King Institute of Preventive Medicine Bacteriolog. Section reports 1907-08
Year: 1907
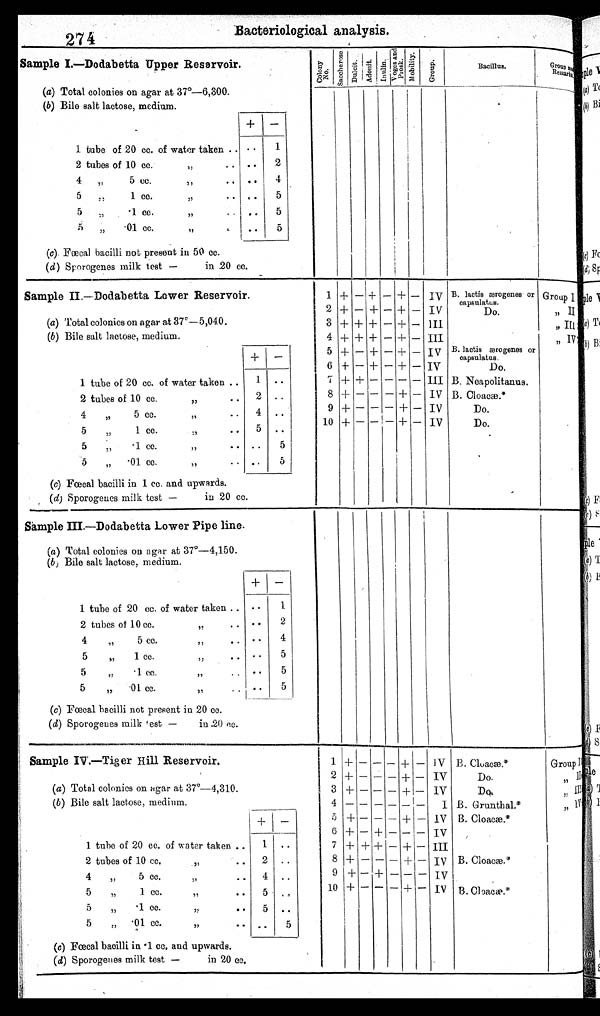
2 7 4
Bacteriological analysis.
SampleI.—DodabettaUpperRservoir.
(a) Total colonies on agar at 3r-6,300.
(b) Bile salt lactose, medium.
+ -
1 tube of 20 cc. of water taken .. • •
1
..
2
2 tubes of 10 cc.
,,
4 ,,
5 cc.
,,
,,
.. ..
4 .
5 ,,
1 CC. ,,
,,
..
..
5
5 ,,
•1 CC ,,
,,
..
5
5 „
•01 cc. ,,
,,
.. ..
5
(c). Fœcal bacilli not present in 50 cc.
(d) Sporogenes milk test —
in 20 cc.
C o l o n y
N o .
S a c c h e r o s e .
D u l c i t . A d o n i t . I nul i n. V o g e s a n d p r o s k .
Mobi l i t y.
G r o u p .
Bacillus.
G r o u p a n d
R e m a r k s .
Sample II.—Dodabetta Lower Reservoir.
(a) Total colonies on agar at 370—5,040.
(b) Bile salt lactose, medium.
1 tube of 20 cc. of water taken .
1 ..
2 tubes of 10 cc.
,,
2 ..
4 ,, 5 cc. ,,
,, .. 4
..
5 , , 1 CC. , , , , . . 5
..
5 , , • 1 C C , , , , . . . .
5
5 „
•01 cc. ,,
,,
.. ..
5
(e) Fæcal bacilli in 1 cc. and upwards.
(d) Sporogenes milk test —
in 20 cc.
1
2
3
4
5
6
7
8
9
10
+
+
+
+
+
+
+
+
+
+
—
—
+
+
—
—
+
—
—
—
+
+
+
+
+
+
—
—
—
—
—
—
—
—
—
—
—
—
— —
+
+
+
+
+
+
—
+
+
+
—
—
—
—
—
—
—
— — —
IV
IV
III
III
IV
IV
III
IV
IV
IV
B. lactis ærogenes or
capsulatuH.
Do.
B. lactis ærogenes or
capsulatus.
Do.
B. Neapolitanus.
B. Cloacæ.*
Do.
Do.
Group I , ,
II
„ III
„ IV
Sample III.—Dodabetta Lower Pipe line.
(a) Total colonies on agar at 37°-4,150.
(b, Bile salt lactose, medium. + -
1 tube of 20 cc. of water taken .. ..
1
..
2
2 tubes of 10 cc.
,,
4 ,,
5 cc.
,,
,,
..
..
4 .
5 ,,
1 CC. ,,
,,
..
..
5
5 , , • 1 C C , , , , . .
5
5 „
•01 cc. ,,
,,
..
..
5
(c) Fœcal bacilli not present in 20 cc.
(d) Sporogenes milk test —
in .20 cc.
Sample IV.—Tiger Hill Reservoir.
(a) Total colonies on agar at 37°-4,310.
(b) Bile salt lactose, medium. + -
1 tube of 20 cc. of water taken ..
1 ..
2 . .
2 tubes of 10 cc.
,,
4 ,, 5 cc. ,,
,, .. 4
..
5 , , 1 CC. , ,
, , . .
5 . .
5 , , • 1 CC , ,
, , . .
5 . .
5 „
•01 cc. ,,
,,
.. ..
5
(c) Fœcal bacilli in • 1 cc. and upwards.
(d) Sporogenes milk test —
in 20 cc.
1
2
3
S
6
7
8
9
10
+
+
+
—
+
+
+
+
+
—
—
—
—
—
—
+
—
—
—
— — — — —
+
+ — + —
—
—
—
—
—
—
—
—
— —
+
+
+
—
+
—
+
+
—
+
—
—
—
—
—
—
—
—
—
IV
IV
IV
I
IV
IV
III
Iv
IV
IV
B. Cloacæ.*
Do.
Do.
B. Grunthal.*
B. Cloacæ.
B. Cloacæ.*
B. Cloacæ.*
Group
, , I I
,,
III I V